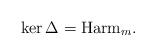
LaTeX: \begin{align*}\ker \Delta = \mathrm{Harm}_m.\end{align*}